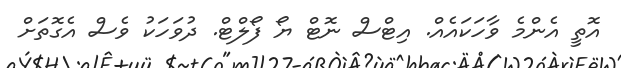
އޮތީ އެންމެ ވާހަކައެއް. އިޓްސް ނޮޓް ޔޯ ފޯލްޓް. ދުވަހަކު ވެސް އެގޮތަށް